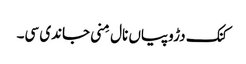
کنک دڑوپیاں نال مِنی جاندی سی۔